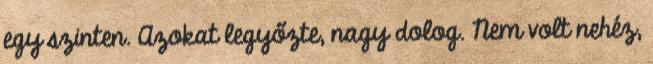
egy szinten. Azokat legyőzte, nagy dolog. Nem volt nehéz,